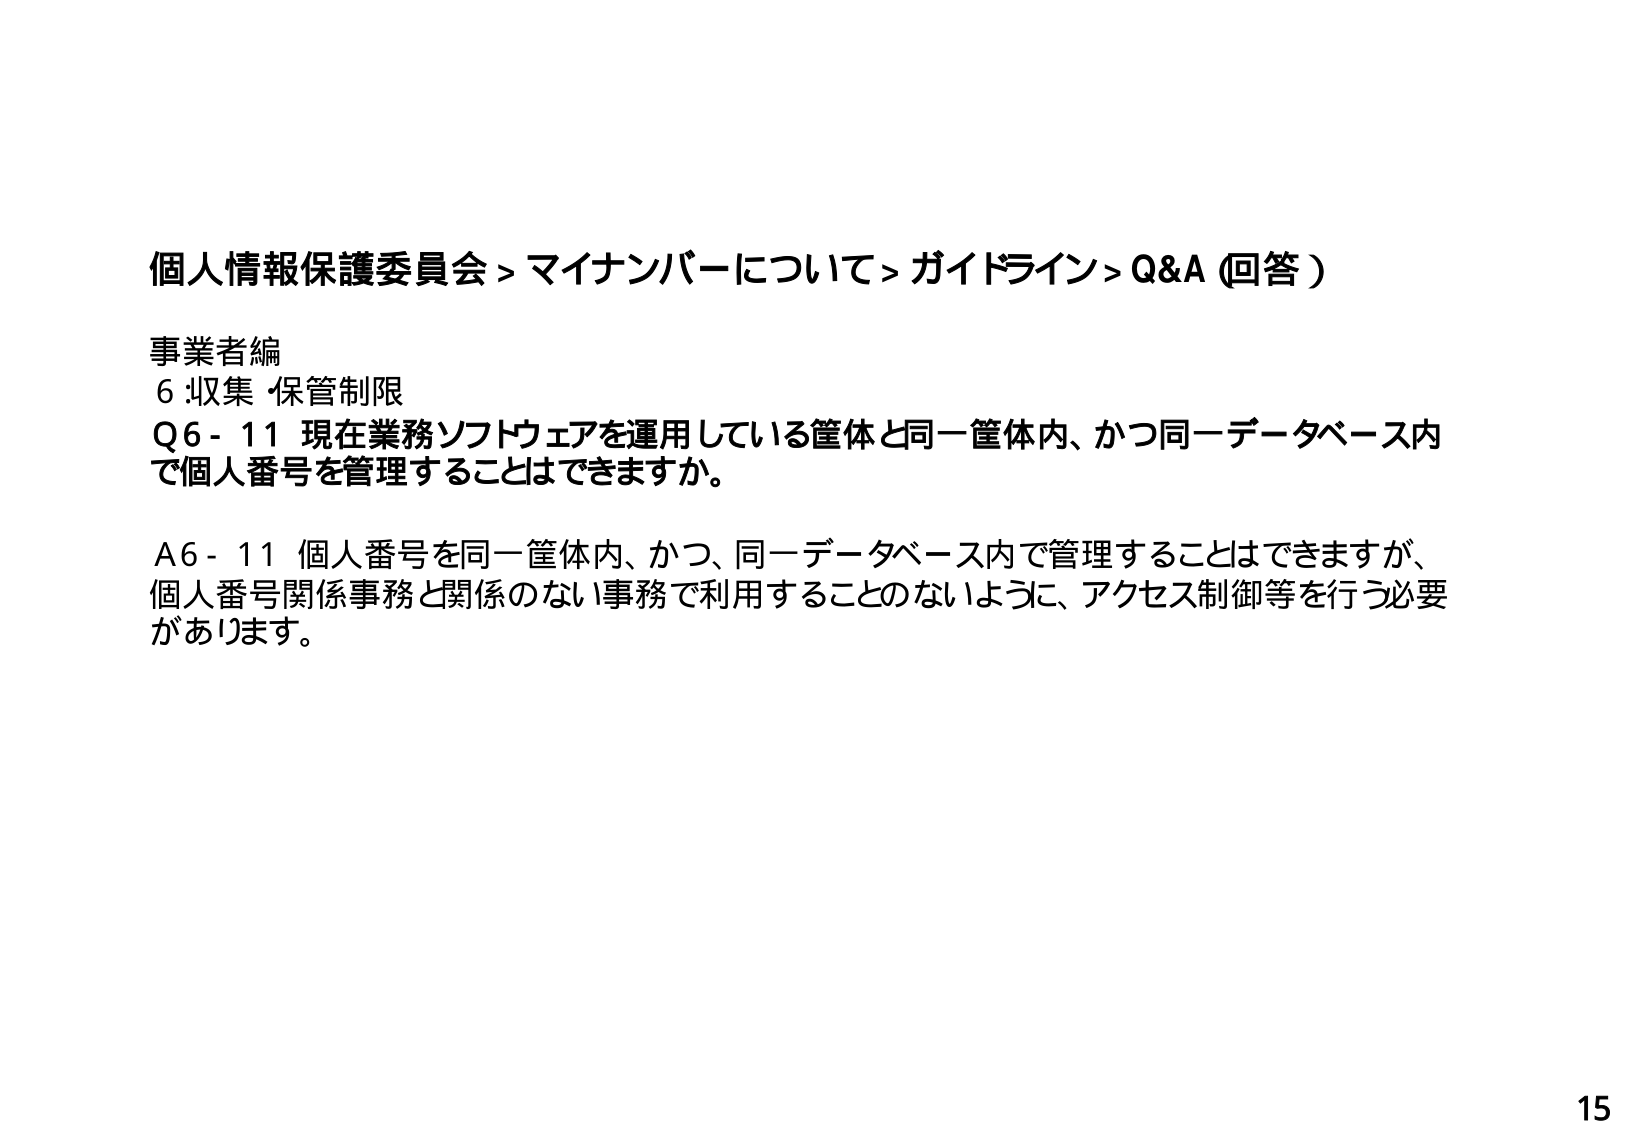
個人情報保護委員会 > マイナンバーについて > ガイドライン > Q&A (回答)

事業者編
6 :収集・保管制限
Q6-11 現在業務ソフトウェアを運用している筐体と同一筐体内、かつ同一データベース内で個人番号を管理することはできますか。

A6-11 個人番号を同一筐体内、かつ、同一データベース内で管理することはできますが、個人番号関係事務と関係のない事務で利用することのないように、アクセス制御等を行う必要があります。

15